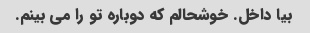
بیا داخل. خوشحالم که دوباره تو را می بینم.